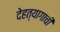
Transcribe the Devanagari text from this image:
देहत्यागाची